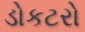
ડોકટરો